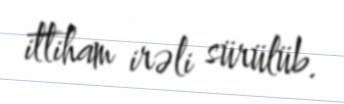
ittiham irəli sürülüb.